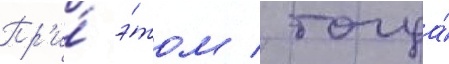
Пр'и́ э́том / тогда́